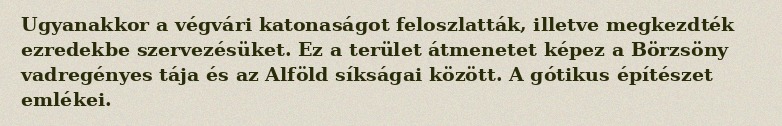
Ugyanakkor a végvári katonaságot feloszlatták, illetve megkezdték ezredekbe szervezésüket. Ez a terület átmenetet képez a Börzsöny vadregényes tája és az Alföld síkságai között. A gótikus építészet emlékei.